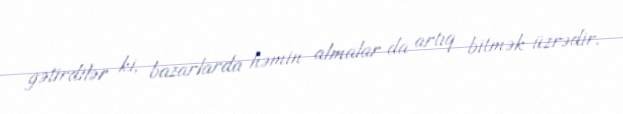
gətirdilər ki, bazarlarda həmin almalar da artıq bitmək üzrədir.